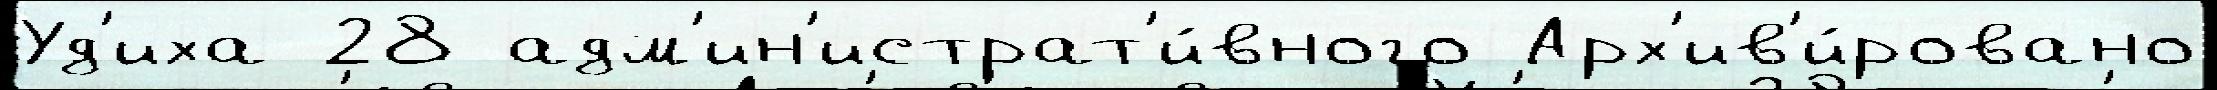
Уд'иха 28 адм'ин'истрат'и́вного Арх'ив'и́ровано